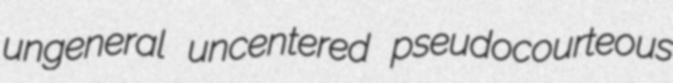
ungeneral uncentered pseudocourteous